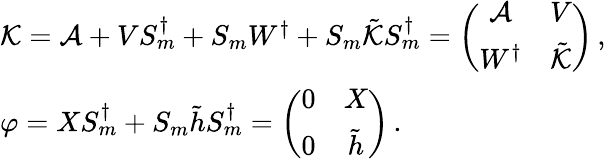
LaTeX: \begin{array}{l}{{{\cal K}={\cal A}+VS_{m}^{\dagger}+S_{m}W^{\dagger}+S_{m}\tilde{{\cal K}}S_{m}^{\dagger}=\left(\begin{array}{cc}{{{\cal A}}}&{{V}}\\ {{W^{\dagger}}}&{{\tilde{{\cal K}}}}\end{array}\right)\, ,}}\\ {{\varphi=XS_{m}^{\dagger}+S_{m}\tilde{h}S_{m}^{\dagger}=\left(\begin{array}{cc}{{0}}&{{X}}\\ {{0}}&{{\tilde{h}}}\end{array}\right)\, .}}\end{array}